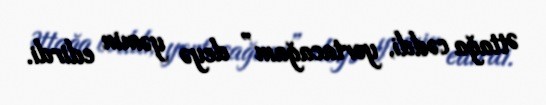
Əttağa cəddi, yortacağam” deyə yəmin edirdi.